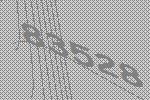
83528